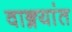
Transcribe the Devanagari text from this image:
वाङ्मयांत